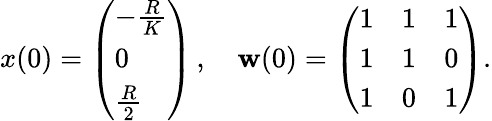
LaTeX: x(0)=\left(\begin{array}{l}{-\frac{R}{K}}\\ {0}\\ {\frac{R}{2}}\end{array}\right)\, ,\quad\mathbf{w}(0)=\left(\begin{array}{lll}{1}&{1}&{1}\\ {1}&{1}&{0}\\ {1}&{0}&{1}\end{array}\right).